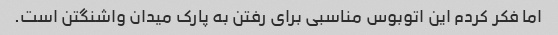
اما فکر کردم این اتوبوس مناسبی برای رفتن به پارک میدان واشنگتن است.